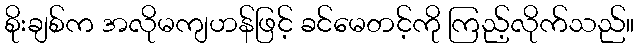
စိုးချစ်က အလိုမကျဟန်ဖြင့် ခင်မေတင့်ကို ကြည့်လိုက်သည်။